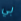
بي